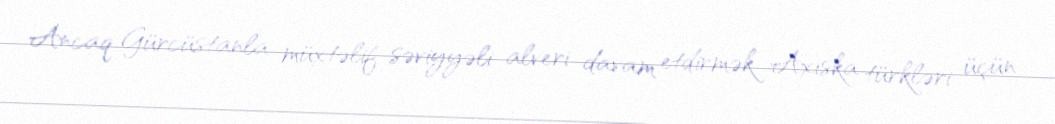
Ancaq Gürcüstanla müxtəlif səviyyəli alveri davam etdirmək Axıska türkləri üçün